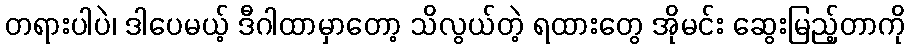
တရားပါပဲ၊ ဒါပေမယ့် ဒီဂါထာမှာတော့ သိလွယ်တဲ့ ရထားတွေ အိုမင်း ဆွေးမြည့်တာကို